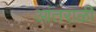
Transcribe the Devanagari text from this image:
आंतराळी